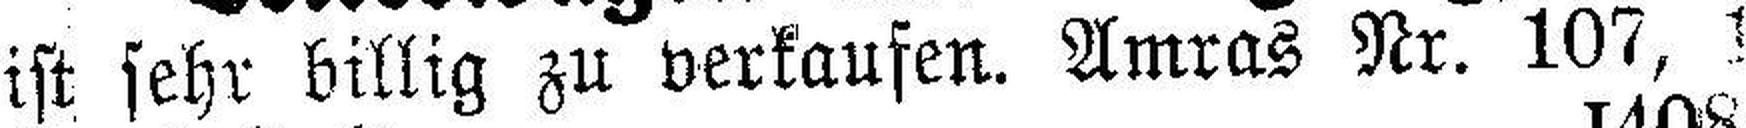
ist sehr billig zu verkaufen. Amras Nr. 107, 1